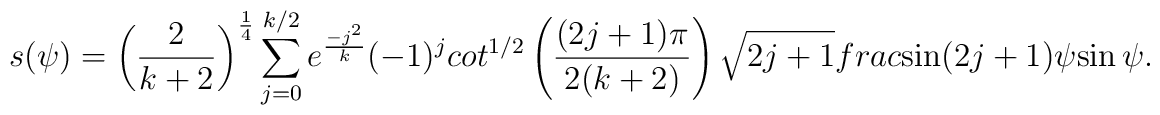
s(\psi) =  \left(\frac{2}{k+2} \right)^{\frac{1}{4}}\sum_{j=0}^{k/2} e^{\frac{-j^2}{k}} (-1)^j \\cot^{1/2} \left(\frac{(2j+1)\pi}{2(k+2)} \right) \sqrt{2j+1} \ \\frac{\sin(2j+1)\psi}{\sin\psi}.